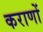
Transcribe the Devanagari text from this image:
कराणों